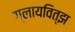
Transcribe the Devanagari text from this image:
ग्लायवित्झ